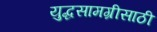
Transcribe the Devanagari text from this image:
युद्धसामग्रीसाठी